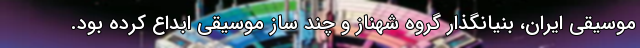
موسیقی ایران، بنیانگذار گروه شهناز و چند ساز موسیقی ابداع کرده بود.